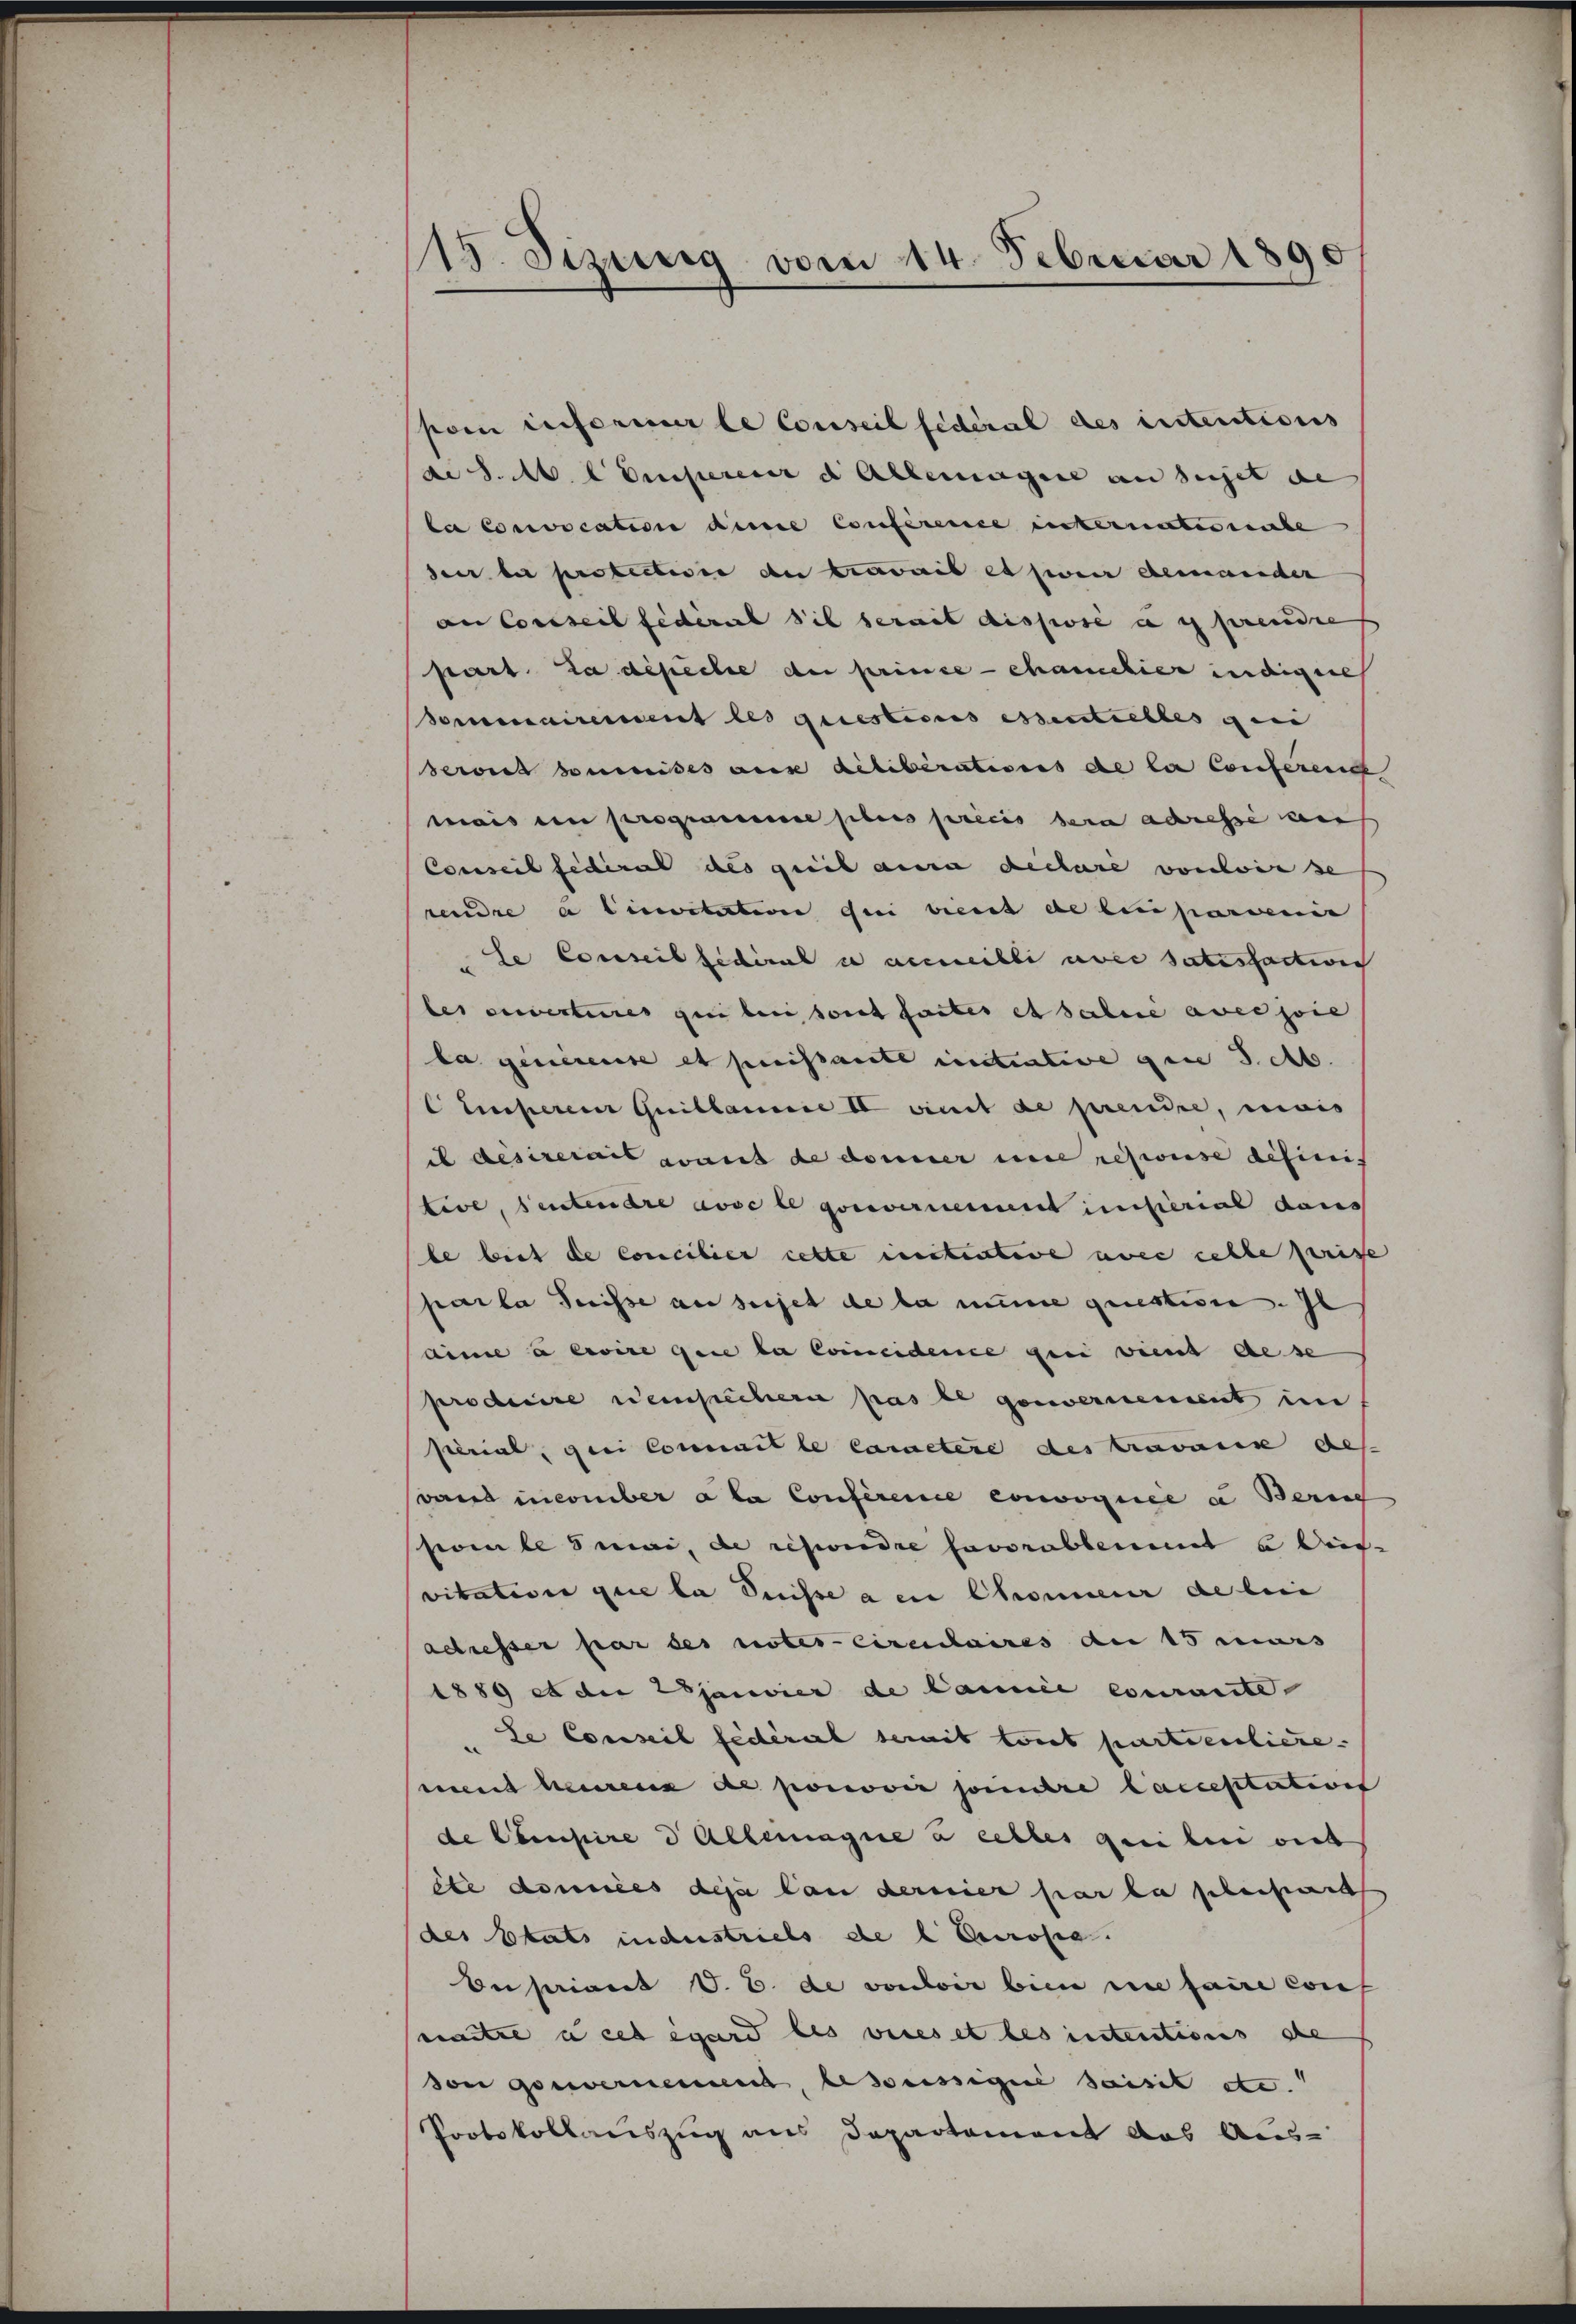
15. Sizung vom 14. Februar 1890

pom informier le Conseil fédéral des intentions
de S. M. L Empereier d. Allemagene an seiget de
la Convocation aine Conference einternatersuche
deer bei protectire de travait et zweir ebenander
an Conseil fédéral sie serait disposé au prendre
part. La dépeche der prinze — chamchier indige
dommairement les questionis essentielles geei
Seriet soumises an deliberatives de la Conferend
mais ein programme ses précis sera adresse aus
Conseil fédéral des qui aura declare vorwiese
rendre a linvitation qui vient de linparvenie
Se Conseil fédéral u accueilli avec satisfaction
e
les servertures qui bei sont faites et salue avec soie
la genierente et puissante intrative qui J. b.
Cumperem Guillaume IV eint de prendre, weis
i désirerais wart de donner une repouise definitive, sentendre avec le gouvernement imsterial dans
le biet de Concilier cette innitective avec celle prise
parla Suisse au sujet de la mine question. Il
ainie à exoire que la Concidence geei vient de se
producire Weinsichern pas le genvernement in
perial, geei Commille Caractere des travanne des
vand incomber a la Conference convoquée a Beruf
pomle 5 Mai, de repordre savorabbenent a Weis-
vitation que la Suisse a en Chommener de bei
adresser par des notes-cirentaires am 15 mars
1889 et die Wojanvier de Cannée couraite
Le Conseil fédéral semit tout partierliere.
ment heurenz de ponović seindre lacceptation
de Campire d Allemagne u eelles geeiben verb
die données des landernier par la preisant
des Etats industriels de l Eurose.
Ensaient V. B. de vouloir bien die faire cont
eintre i cet égard les vices et les intentions de
von Gouvernennen, bessessignie saisit etc.
Protokollauszug aus Departement das Aus-